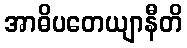
အာဓိပတေယျာနီတိ